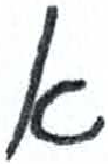
אות: א